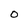
Character: 0